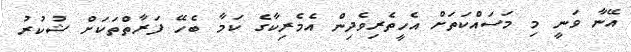
އޭނާ ވަނީ މި މަސައްކަތަށް އެހީތެރިވެދިން އެމެރިކާގެ ކަމާ ބެހޭ ފަރާތްތަކަށް ޝުކުރު